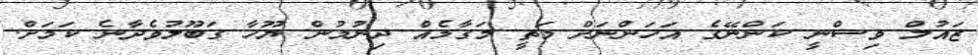
ޒައުލް ވިސްނީ ކަންނޭގެ އަހަންނަށް މަތީ މަގާމެއް ދިނުމުން ޔޫހާ ގަބޫލުވެދާނެ ކަމަށް.